Plague in India, 1896, 1897 - Volume 3
Year: 1896
Disease focus: Plague
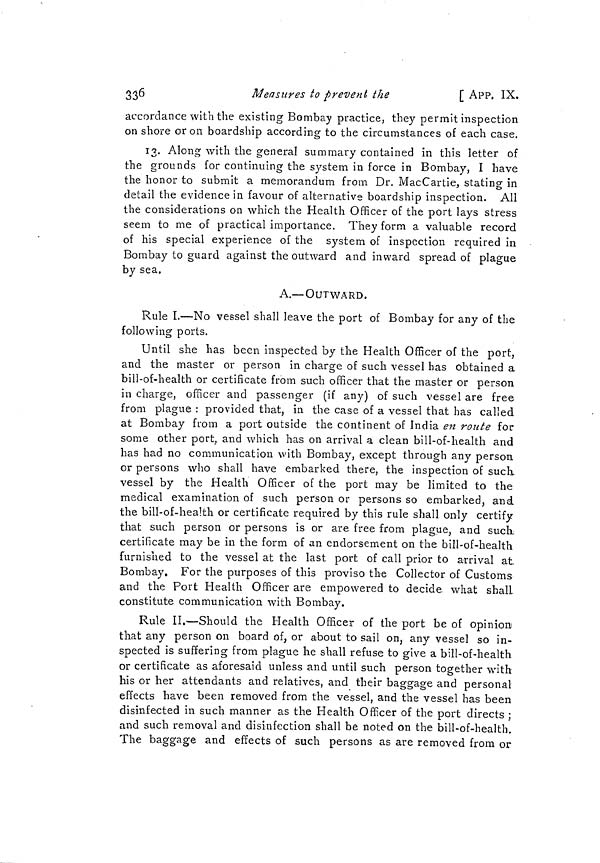
336
Measures to prevent the
[ APP. IX.
accordance with the existing Bombay practice, they permit inspection
on shore or on boardship according to the circumstances of each case.
13. Along with the general summary contained in this letter of
the grounds for continuing the system in force in Bombay, I have
the honor to submit a memorandum from Dr. MacCartie, stating in
detail the evidence in favour of alternative boardship inspection. All
the considerations on which the Health Officer of the port lays stress
seem to me of practical importance. They form a valuable record
of his special experience of the system of inspection required in
Bombay to guard against the outward and inward spread of plague
by sea.
A.—OUTWARD.
Rule I.—No vessel shall leave the port of Bombay for any of the
following ports.
Until she has been inspected by the Health Officer of the port,
and the master or person in charge of such vessel has obtained a
bill-of-health or certificate from such officer that the master or person
in charge, officer and passenger (if any) of such vessel are free
from plague : provided that, in the case of a vessel that has called
at Bombay from a port outside the continent of India en route for
some other port, and which has on arrival a clean bill-of-health and
has had no communication with Bombay, except through any person
or persons who shall have embarked there, the inspection of such,
vessel by the Health Officer of the port may be limited to the
medical examination of such person or persons so embarked, and
the bill-of-health or certificate required by this rule shall only certify
that such person or persons is or are free from plague, and such,
certificate may be in the form of an endorsement on the bill-of-health
furnished to the vessel at the last port of call prior to arrival at.
Bombay. For the purposes of this proviso the Collector of Customs
and the Port Health Officer are empowered to decide what shall
constitute communication with Bombay.
Rule II.—Should the Health Officer of the port be of opinion
that any person on board of, or about to sail on, any vessel so in-
spected is suffering from plague he shall refuse to give a bill-of-health
or certificate as aforesaid unless and until such person together with
his or her attendants and relatives, and their baggage and personal
effects have been removed from the vessel, and the vessel has been
disinfected in such manner as the Health Officer of the port directs ;
and such removal and disinfection shall be noted on the bill-of-health.
The baggage and effects of such persons as are removed from or